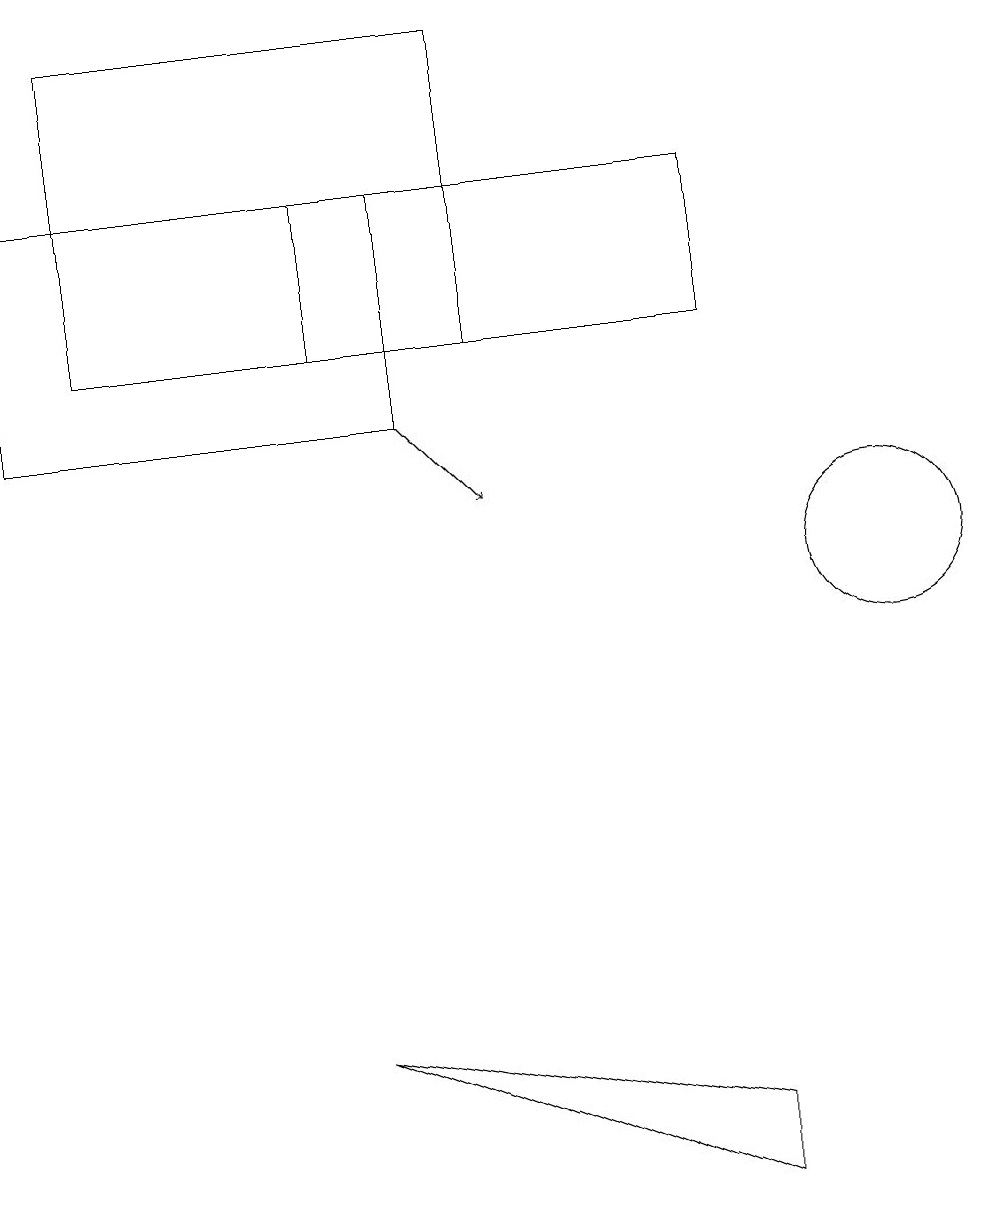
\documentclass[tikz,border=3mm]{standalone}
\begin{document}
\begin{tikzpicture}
\draw (1,14) rectangle (6,18);
\draw[->] (5,13) -- (6,12);
\draw (0,16) rectangle (5,13);
\draw (11,11) circle (1);
\draw (4,5) -- (9,3) -- (9,4) -- cycle;
\draw (4,14) rectangle (9,16);
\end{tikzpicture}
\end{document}